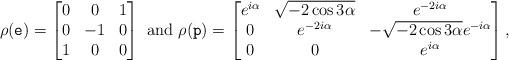
LaTeX: \begin{align*} \rho(\tt e)=\begin{bmatrix}0 & 0 & 1\\0 & -1 & 0\\1 & 0 & 0\end{bmatrix}\mbox{ and }\rho(\tt p)=\begin{bmatrix}e^{i\alpha} & \sqrt{-2\cos{3\alpha}} & e^{-2i\alpha}\\ 0 &e^{-2i\alpha} &-\sqrt{-2\cos{3\alpha}}e^{-i\alpha} \\ 0 & 0 & e^{i\alpha} \end{bmatrix},\end{align*}